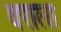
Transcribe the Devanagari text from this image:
वराला